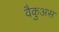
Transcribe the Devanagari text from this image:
वैकुअस